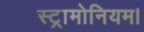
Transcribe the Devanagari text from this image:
स्ट्रामोनियम।